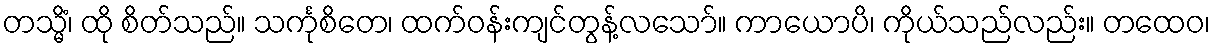
တသ္မိံ၊ ထို စိတ်သည်။ သင်္ကုစိတေ၊ ထက်ဝန်းကျင်တွန့်လသော်။ ကာယောပိ၊ ကိုယ်သည်လည်း။ တထေဝ၊